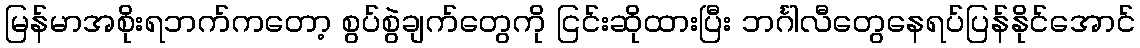
မြန်မာအစိုးရဘက်ကတော့ စွပ်စွဲချက်တွေကို ငြင်းဆိုထားပြီး ဘင်္ဂါလီတွေနေရပ်ပြန်နိုင်အောင်